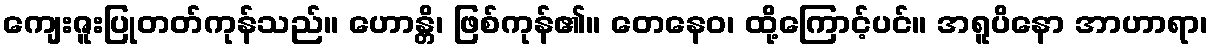
ကျေးဇူးပြုတတ်ကုန်သည်။ ဟောန္တိ၊ ဖြစ်ကုန်၏။ တေနေဝ၊ ထို့ကြောင့်ပင်။ အရူပိနော အာဟာရာ၊